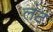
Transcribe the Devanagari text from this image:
लंट